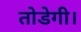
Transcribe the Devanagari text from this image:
तोडेगी।